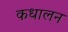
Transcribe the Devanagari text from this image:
कधालन